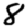
Digit: 8